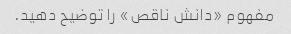
مفهوم «دانش ناقص» را توضیح دهید.